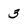
Character: 3